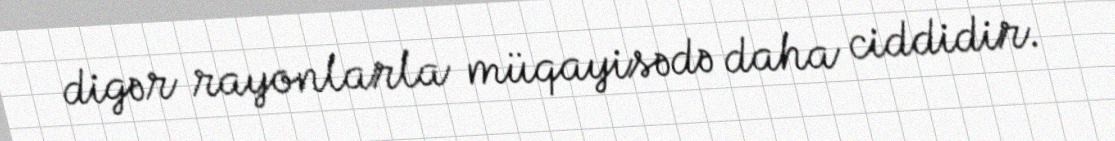
digər rayonlarla müqayisədə daha ciddidir.